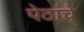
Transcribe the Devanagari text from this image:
पेठांचे